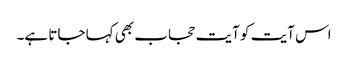
اس آیت کو آیت حجاب بھی کہا جاتا ہے۔